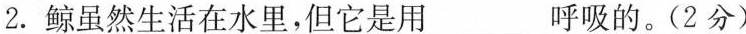
2.鲸虽然生活在水里，但它是用____呼吸的。(2分)